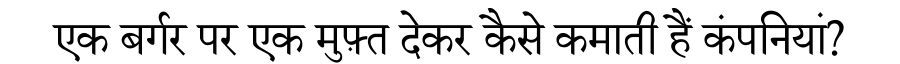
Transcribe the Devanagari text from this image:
एक बर्गर पर एक मुफ़्त देकर कैसे कमाती हैं कंपनियां?